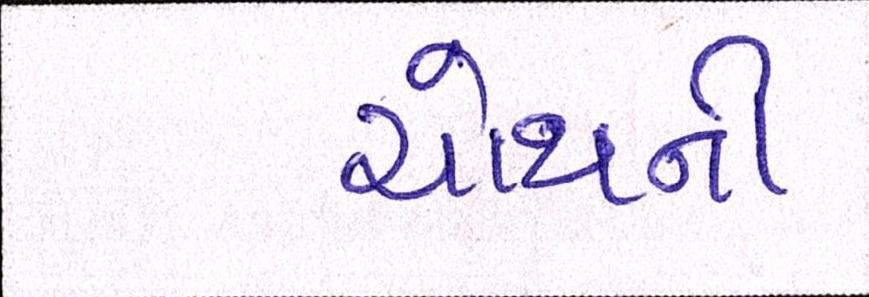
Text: ચોથની